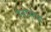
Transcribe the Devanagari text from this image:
नैनोसेफ